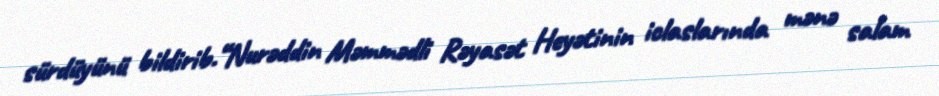
sürdüyünü bildirib.“Nurəddin Məmmədli Rəyasət Heyətinin iclaslarında mənə salam